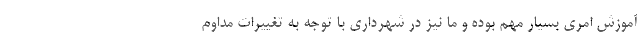
آموزش امری بسیار مهم بوده و ما نیز در شهرداری با توجه به تغییرات مداوم